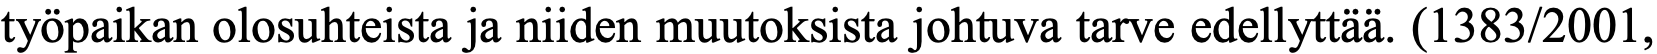
työpaikan olosuhteista ja niiden muutoksista johtuva tarve edellyttää. (1383/2001,